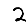
Digit: 2